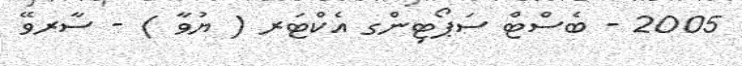
2005 - ބެސްޓް ސަޕޯޓިންގ އެކްޓަރ ( ޔުވާ ) - ސާރވޭ